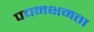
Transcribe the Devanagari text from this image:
पचनक्षमता